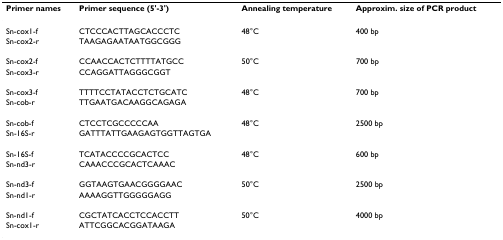
| Primer names | Primer sequence (5'-3') | Annealing temperature | Approxim. size of PCR product |
 | --- | --- | --- | --- |
 | Sn-cox1-f | CTCCCACTTAGCACCCTC | 48°C | 400 bp |
 | Sn-cox2-r | TAAGAGAATAATGGCGGG |  |  |
 | Sn-cox2-f | CCAACCACTCTTTTATGCC | 50°C | 700 bp |
 | Sn-cox3-r | CCAGGATTAGGGCGGT |  |  |
 | Sn-cox3-f | TTTTCCTATACCTCTGCATC | 48°C | 700 bp |
 | Sn-cob-r | TTGAATGACAAGGCAGAGA |  |  |
 | Sn-cob-f | CTCCTCGCCCCCAA | 48°C | 2500 bp |
 | Sn-16S-r | GATTTATTGAAGAGTGGTTAGTGA |  |  |
 | Sn-16S-f | TCATACCCCGCACTCC | 48°C | 600 bp |
 | Sn-nd3-r | CAAACCCGCACTCAAAC |  |  |
 | Sn-nd3-f | GGTAAGTGAACGGGGAAC | 50°C | 2500 bp |
 | Sn-nd1-r | AAAAGGTTGGGGGAGG |  |  |
 | Sn-nd1-f | CGCTATCACCTCCACCTT | 50°C | 4000 bp |
 | Sn-cox1-r | ATTCGGCACGGATAAGA |  |  |